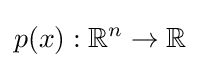
p(x):\mathbb {R} ^{n}\to \mathbb {R}